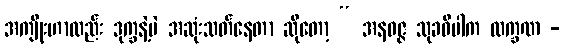
အကျိုးဟာလည်း ဒုက္ခနဲ့ပဲ အဆုံးသတ်နေတာ ဆိုတော့ “ အနဝဇ္ဇ သုခဝိပါက လက္ခဏ -